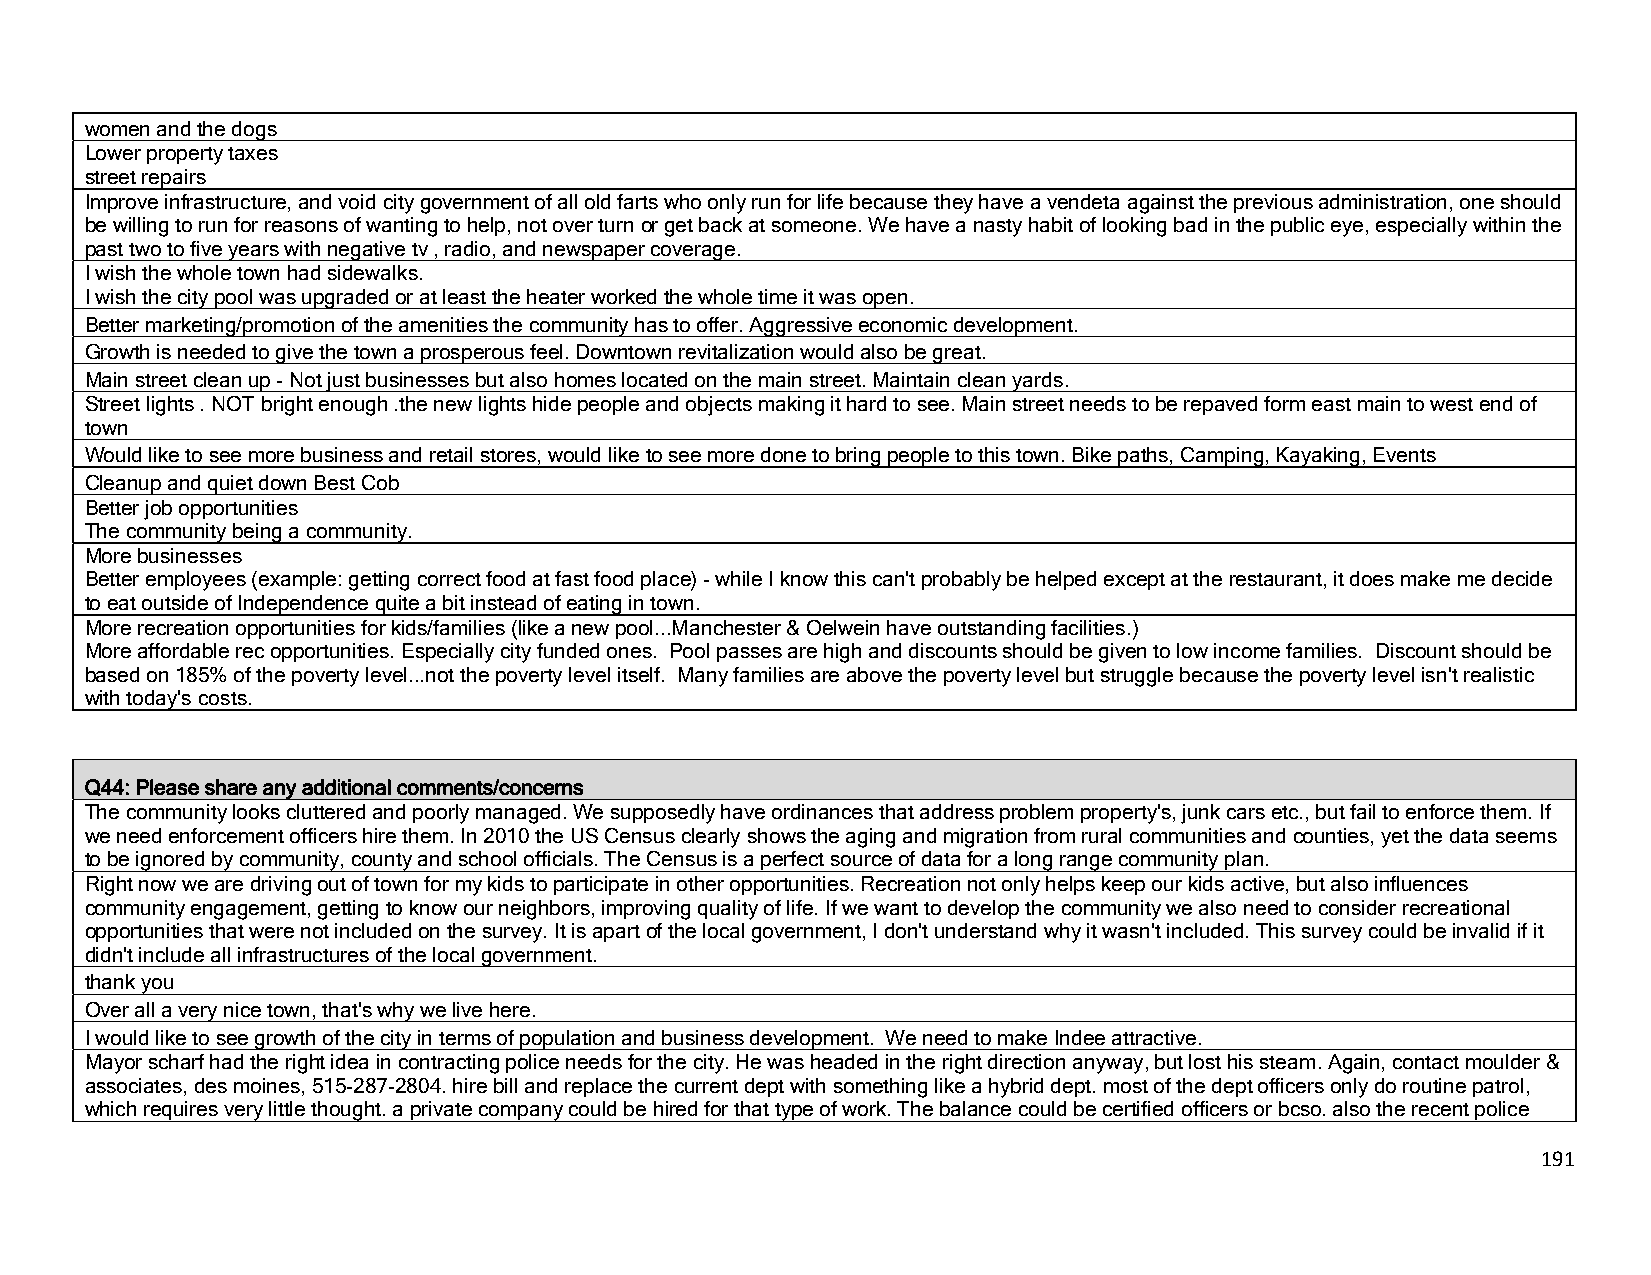
women and the dogs
 Lower property taxes
 street repairs
 Improve infrastructure, and void city government of all old farts who only run for life because they have a vendeta against the previous administration, one should
 be willing to run for reasons of wanting to help, not over turn or get back at someone. We have a nasty habit of looking bad in the public eye, especially within the
 past two to five years with negative tv , radio, and newspaper coverage.
 I wish the whole town had sidewalks.
 I wish the city pool was upgraded or at least the heater worked the whole time it was open.
 Better marketing/promotion of the amenities the community has to offer. Aggressive economic development.
 Growth is needed to give the town a prosperous feel. Downtown revitalization would also be great.
 Main street clean up - Not just businesses but also homes located on the main street. Maintain clean yards.
 Street lights . NOT bright enough .the new lights hide people and objects making it hard to see. Main street needs to be repaved form east main to west end of
 town
 Would like to see more business and retail stores, would like to see more done to bring people to this town. Bike paths, Camping, Kayaking, Events
 Cleanup and quiet down Best Cob
 Better job opportunities
 The community being a community.
 More businesses
 Better employees (example: getting correct food at fast food place) - while I know this can't probably be helped except at the restaurant, it does make me decide
 to eat outside of Independence quite a bit instead of eating in town.
 More recreation opportunities for kids/families (like a new pool...Manchester & Oelwein have outstanding facilities.)
 More affordable rec opportunities. Especially city funded ones. Pool passes are high and discounts should be given to low income families. Discount should be
 based on 185% of the poverty level...not the poverty level itself. Many families are above the poverty level but struggle because the poverty level isn't realistic
 with today's costs.
 Q44: Please share any additional comments/concerns
 The community looks cluttered and poorly managed. We supposedly have ordinances that address problem property's, junk cars etc., but fail to enforce them. If
 we need enforcement officers hire them. In 2010 the US Census clearly shows the aging and migration from rural communities and counties, yet the data seems
 to be ignored by community, county and school officials. The Census is a perfect source of data for a long range community plan.
 Right now we are driving out of town for my kids to participate in other opportunities. Recreation not only helps keep our kids active, but also influences
 community engagement, getting to know our neighbors, improving quality of life. If we want to develop the community we also need to consider recreational
 opportunities that were not included on the survey. It is apart of the local government, I don't understand why it wasn't included. This survey could be invalid if it
 didn't include all infrastructures of the local government.
 thank you
 Over all a very nice town, that's why we live here.
 I would like to see growth of the city in terms of population and business development. We need to make Indee attractive.
 Mayor scharf had the right idea in contracting police needs for the city. He was headed in the right direction anyway, but lost his steam.Again, contact moulder &
 associates, des moines, 515-287-2804. hire bill and replace the current dept with something like a hybrid dept. most of the dept officers only do routine patrol,
 which requires very little thought. a private company could be hired for that type of work. The balance could be certified officers or bcso. also the recent police
 191